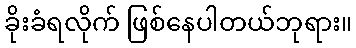
ခိုးခံရလိုက် ဖြစ်နေပါတယ်ဘုရား။